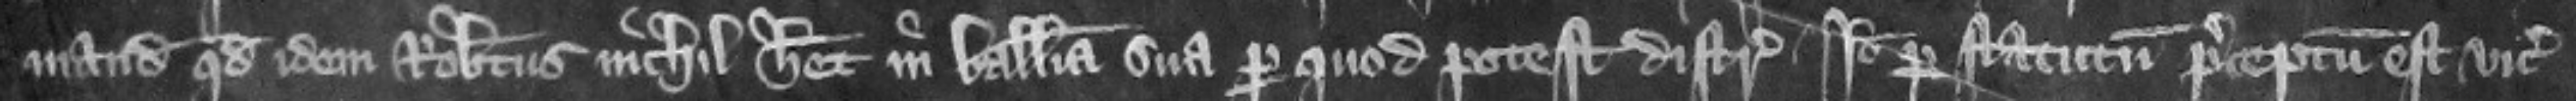
mandat quod idem Robertus nichil habet in balliua sua per quod potest distringi. Ideo per statutum preceptum est vicecomiti